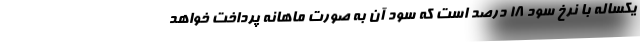
یکساله با نرخ سود 18 درصد است که سود آن به صورت ماهانه پرداخت خواهد